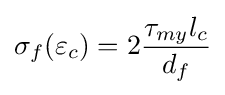
\sigma _{f}(\varepsilon _{c})=2{\frac {\tau _{my}l_{c}}{d_{f}}}